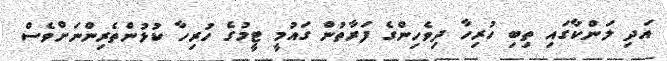
އަދި ލަންކާގައި ތިބި ހުރިހާ ދިވެހިންގެ ފަރާތުން ގައުމީ ޓީމުގެ ހުރިހާ ކުޅުންތެރިންނަށްވެސް